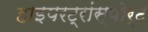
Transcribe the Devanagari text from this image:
हाइपरट्रांस्पोर्ट